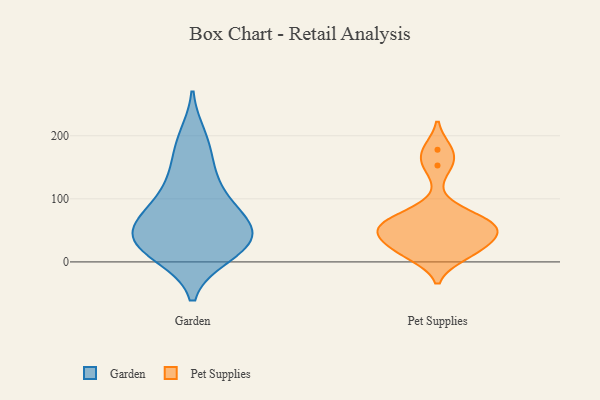
{"axis": {"x": "Conversion Rate (%)", "y": "Value"}, "legend": ["Garden", "Pet Supplies"], "data": [{"x": "", "y": 30, "type": "Garden"}, {"x": "", "y": 12, "type": "Garden"}, {"x": "", "y": 45, "type": "Garden"}, {"x": "", "y": 79, "type": "Garden"}, {"x": "", "y": 39, "type": "Garden"}, {"x": "", "y": 65, "type": "Garden"}, {"x": "", "y": 34, "type": "Garden"}, {"x": "", "y": 198, "type": "Garden"}, {"x": "", "y": 29, "type": "Garden"}, {"x": "", "y": 128, "type": "Garden"}, {"x": "", "y": 131, "type": "Garden"}, {"x": "", "y": 69, "type": "Garden"}, {"x": "", "y": 11, "type": "Garden"}, {"x": "", "y": 85, "type": "Garden"}, {"x": "", "y": 177, "type": "Garden"}, {"x": "", "y": 78, "type": "Pet Supplies"}, {"x": "", "y": 17, "type": "Pet Supplies"}, {"x": "", "y": 10, "type": "Pet Supplies"}, {"x": "", "y": 56, "type": "Pet Supplies"}, {"x": "", "y": 66, "type": "Pet Supplies"}, {"x": "", "y": 178, "type": "Pet Supplies"}, {"x": "", "y": 153, "type": "Pet Supplies"}, {"x": "", "y": 55, "type": "Pet Supplies"}, {"x": "", "y": 43, "type": "Pet Supplies"}, {"x": "", "y": 25, "type": "Pet Supplies"}, {"x": "", "y": 47, "type": "Pet Supplies"}]}